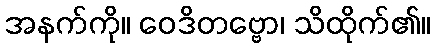
အနက်ကို။ ဝေဒိတဗ္ဗော၊ သိထိုက်၏။